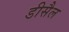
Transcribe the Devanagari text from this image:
डीसैल